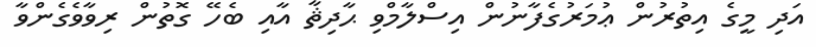
އަދި މީގެ އިތުރުން ޢުމަރުގެފާނުން އިސްލާމްވި ޙާދިޘާ އާއި ބެހޭ ގޮތުން ރިވާވެގެންވާ